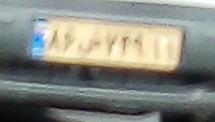
۸۶س۷۴۹۱۱